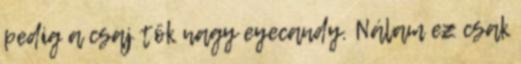
pedig a csaj tök nagy eyecandy. Nálam ez csak